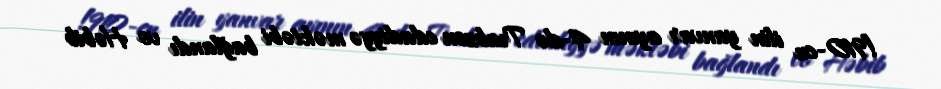
!910-cu ilin yanvar ayının 4-də Trabzon edadiyyə məktəbi bağlandı vo Həbib